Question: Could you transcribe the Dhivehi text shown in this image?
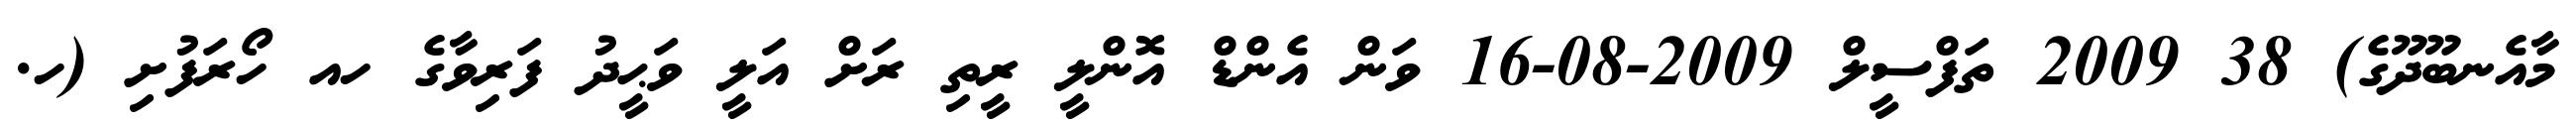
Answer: މާއެނބޫދޫގެ) 38 2009 ތަފްސީލް 2009-08-16 ވަން އެންޑް އޮންލީ ރީތި ރަށް އަލީ ވަޙީދު ފަރިވާގެ ހއ ހޯރަފުށި (ހ.